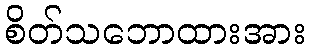
စိတ်သဘောထားအား